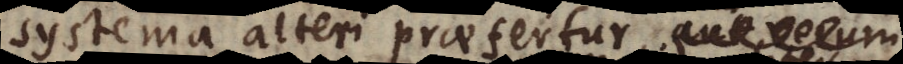
systema alteri praefertur, aut ve